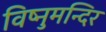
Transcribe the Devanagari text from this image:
विष्नुमन्दिर